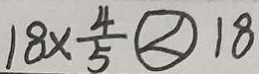
1 8 \times \frac { 4 } { 5 } < 1 8